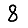
Digit: 8